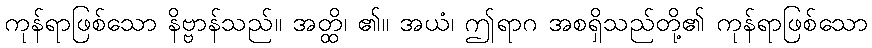
ကုန်ရာဖြစ်သော နိဗ္ဗာန်သည်။ အတ္ထိ၊ ၏။ အယံ၊ ဤရာဂ အစရှိသည်တို့၏ ကုန်ရာဖြစ်သော